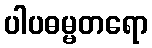
ပါပဓမ္မတရော